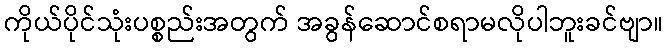
ကိုယ်ပိုင်သုံးပစ္စည်းအတွက် အခွန်ဆောင်စရာမလိုပါဘူးခင်ဗျာ။